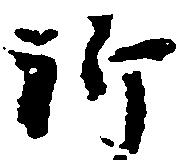
祈